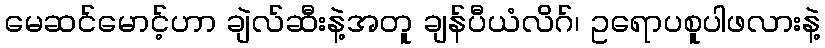
မေဆင်မောင့်ဟာ ချဲလ်ဆီးနဲ့အတူ ချန်ပီယံလိဂ်၊ ဥရောပစူပါဖလားနဲ့